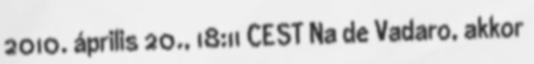
2010. április 20., 18:11 CEST Na de Vadaro, akkor